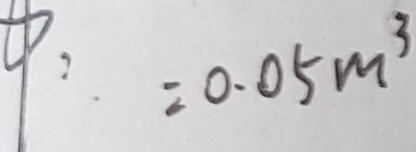
P : = 0 . 0 5 m ^ { 3 }